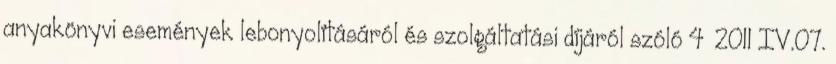
anyakönyvi események lebonyolításáról és szolgáltatási díjáról szóló 4 2011 IV.07.